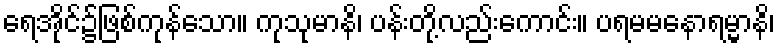
ရေအိုင်၌ဖြစ်ကုန်သော။ ကုသုမာနိ၊ ပန်းတို့လည်းကောင်း။ ပရမမနောရမ္မာနိ၊